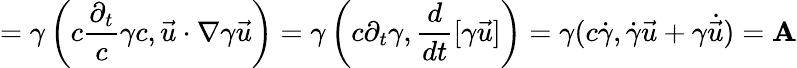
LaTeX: =\gamma\left(c{\frac{\partial_{t}}{c}}\gamma c,{\vec{u}}\cdot\nabla\gamma{\vec{u}}\right)=\gamma\left(c\partial_{t}\gamma,{\frac{d}{dt}}[\gamma{\vec{u}}]\right)=\gamma(c{\dot{\gamma}},{\dot{\gamma}}{\vec{u}}+\gamma{\dot{\vec{u}}})=\mathbf{A}